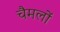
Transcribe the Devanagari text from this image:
चैमलों